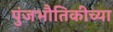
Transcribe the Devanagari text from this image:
पुंजभौतिकीच्या